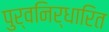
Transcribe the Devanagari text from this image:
पुर्वनिर्धारित